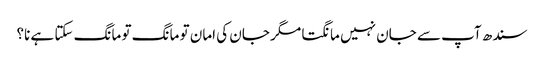
سندھ آپ سے جان نہیں مانگتا مگر جان کی امان تو مانگ تو مانگ سکتا ہے نا؟